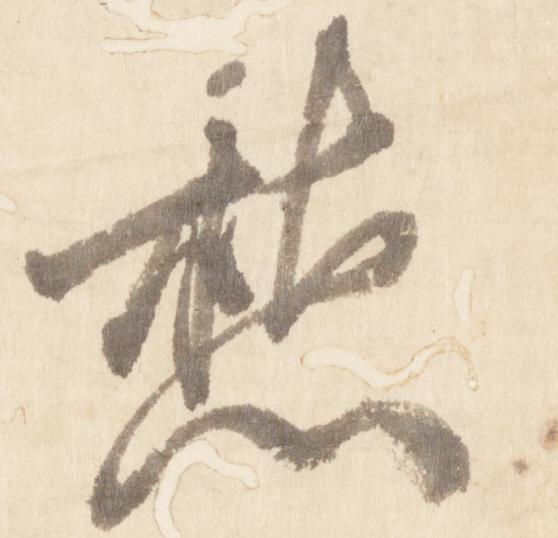
愁